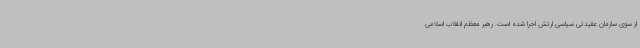
از سوی سازمان عقیدتی سیاسی ارتش اجرا شده است. رهبر معظم انقلاب اسلامی